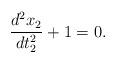
LaTeX: \begin{align*}\frac{d^2x_2}{dt_2^2}+1=0.\end{align*}